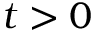
t > 0